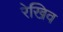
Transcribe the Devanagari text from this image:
रेखिव